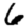
Digit: 6